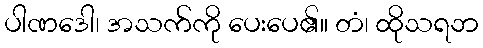
ပါဏဒေါ၊ အသက်ကို ပေးပေ၏။ တံ၊ ထိုသရဘ